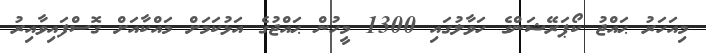
މިއަހަރު ޙައްޖު ކޯޕަރޭޝަންގެ ހަވާލުގައި 1300 މީހުން ޙައްޖުގެ އަޅުކަމަށް މައްކާއަށް ގޮސްފައިވާއިރު